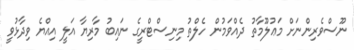
ނޫސްވެރިންނަށް މަޢުލޫމާތު ދެއްވަމުން ހެލްތު މިނިސްޓްރީގެ ނައިބު މާރިޔާ އަލީ އިއްޔެ ވިދާޅުވީ